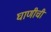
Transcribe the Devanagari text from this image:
घाणीची